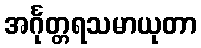
အင်္ဂုတ္တရသမာယုတာ